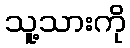
သူ့သားကို